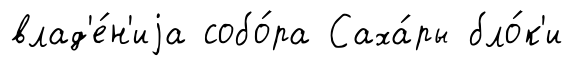
влад'е́н'иjа собо́ра Саха́ры бло́к'и